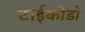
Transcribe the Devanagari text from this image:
टाईकोंडो